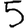
Digit: 5